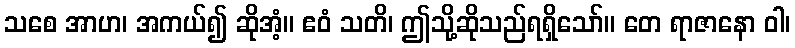
သစေ အာဟ၊ အကယ်၍ ဆိုအံ့။ ဧဝံ သတိ၊ ဤသို့ဆိုသည်ရရှိသော်။ တေ ရာဇာနော ဝါ၊